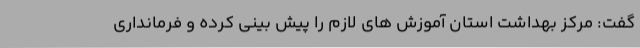
گفت: مرکز بهداشت استان آموزش های لازم را پیش بینی کرده و فرمانداری